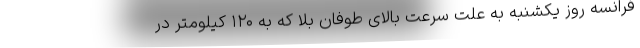
فرانسه روز یکشنبه به علت سرعت بالای طوفان بلا که به ۱۲۰ کیلومتر در